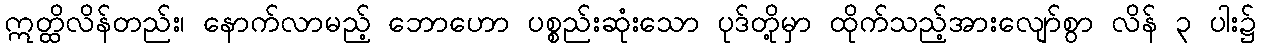
ဣတ္ထိလိန်တည်း၊ နောက်လာမည့် ဘောဟော ပစ္စည်းဆုံးသော ပုဒ်တို့မှာ ထိုက်သည့်အားလျော်စွာ လိန် ၃ ပါး၌